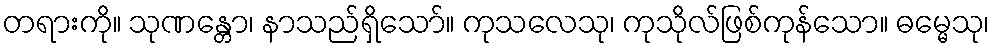
တရားကို။ သုဏန္တော၊ နာသည်ရှိသော်။ ကုသလေသု၊ ကုသိုလ်ဖြစ်ကုန်သော။ ဓမ္မေသု၊